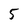
Character: 5